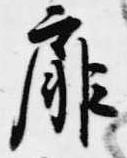
扉